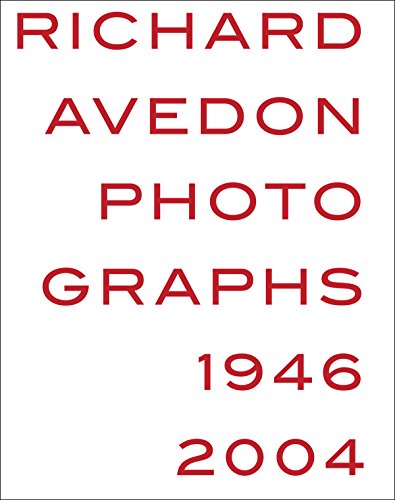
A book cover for Richard Avedon: Photographs 1946-2004; Humor & Entertainment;